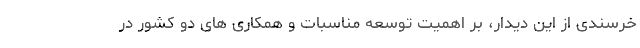
خرسندی از این دیدار، بر اهمیت توسعه مناسبات و همکاری های دو کشور در